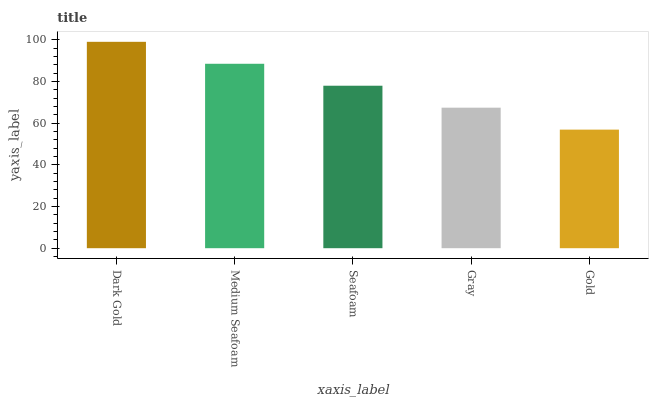
| xaxis_label | bars |
 | --- | --- |
 | Dark Gold | 99 |
 | Medium Seafoam | 88.5 |
 | Seafoam | 77.9 |
 | Gray | 67.4 |
 | Gold | 56.9 |